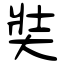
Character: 奘